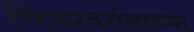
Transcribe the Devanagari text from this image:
चित्रप्रदर्शनाच्या